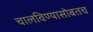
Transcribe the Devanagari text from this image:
चालविण्यासोबतच